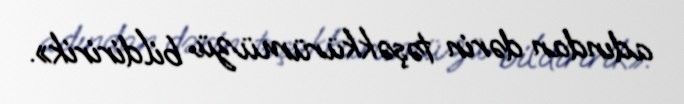
adından dərin təşəkkürümüzü bildiririk».